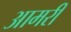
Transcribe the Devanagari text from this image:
आमरी